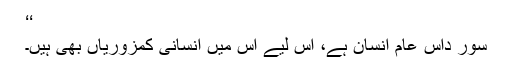
‘‘
سُور داس عام انسان ہے، اِس لیے اُس میں انسانی کمزوریاں بھی ہیں۔